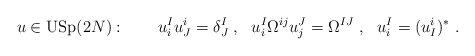
\begin{align*} u\in \mbox{USp}(2N): \qquad u^I_iu^i_J = \delta^I_J\;, \ \ u^I_i \Omega^{ij}u^J_j = \Omega^{IJ}\;, \ \ u^I_i= (u^i_I)^*\;.\end{align*}